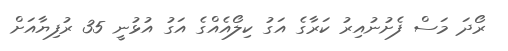
ރޯދަ މަސް ފެށުނުއިރު ކަރާގެ އަގު ކިލޯއެއްގެ އަގު އުޅުނީ 35 ރުފިޔާއަށް